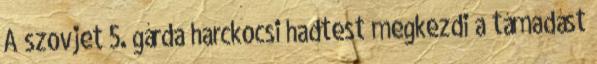
A szovjet 5. gárda harckocsi hadtest megkezdi a támadást